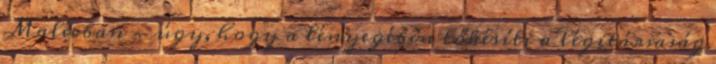
Malévban - úgy, hogy a lényegében tőkésíti a légitársaság